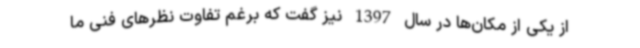
از یکی از مکان‌ها در سال 1397 نیز گفت که برغم تفاوت نظرهای فنی ما